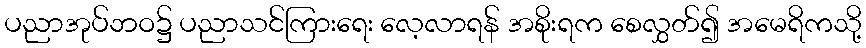
ပညာအုပ်ဘဝ၌ ပညာသင်ကြားရေး လေ့လာရန် အစိုးရက စေလွှတ်၍ အမေရိကသို့